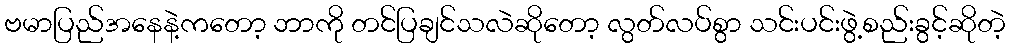
ဗမာပြည်အနေနဲ့ကတော့ ဘာကို တင်ပြချင်သလဲဆိုတော့ လွတ်လပ်စွာ သင်းပင်းဖွဲ့စည်းခွင့်ဆိုတဲ့